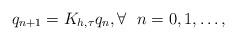
LaTeX: \begin{align*} q_{n+1} = K_{h,\tau} q_n,\forall~~ n=0,1,\ldots,\end{align*}